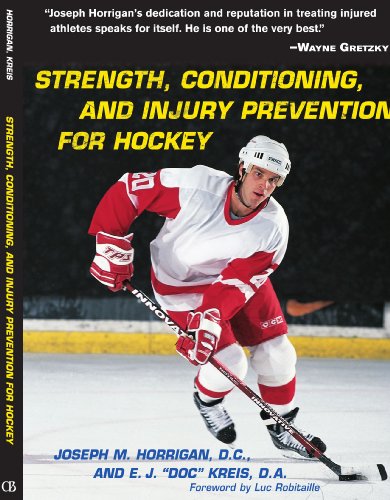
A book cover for Strength, Conditioning and Injury Prevention for Hockey; Joseph Horrigan; Sports & Outdoors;